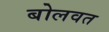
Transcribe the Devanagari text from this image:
बोलवत